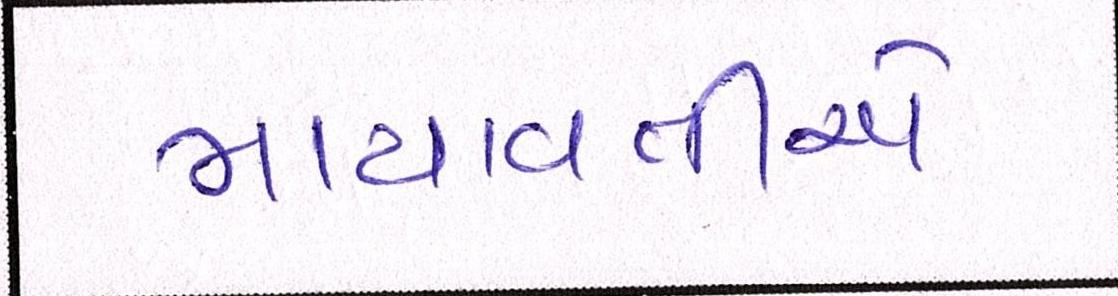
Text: માયાવતીએ